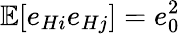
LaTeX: \mathbb{E}[e_{Hi}e_{Hj}]=e_{0}^{2}